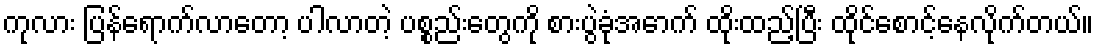
ကုလား ပြန်ရောက်လာတော့ ပါလာတဲ့ ပစ္စည်းတွေကို စားပွဲခုံအောက် ထိုးထည့်ပြီး ထိုင်စောင့်နေလိုက်တယ်။